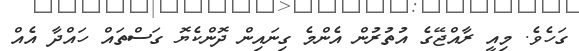
ގަހެވެ. މިއީ ރާއްޖޭގެ އުުތުރުން އެންމެ ގިނައިން ދޮންކެޔޮ ގަސްތައް ހައްދާ އެއް